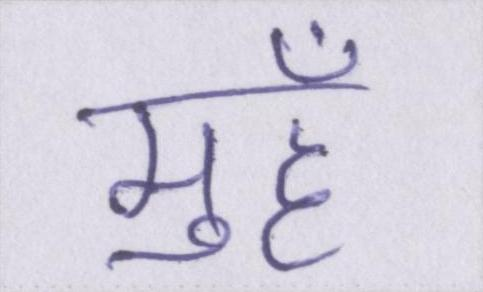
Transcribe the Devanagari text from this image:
मुहँ